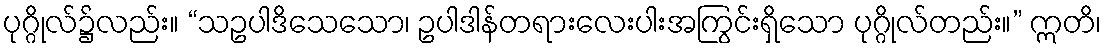
ပုဂ္ဂိုလ်၌လည်း။ “သဥပါဒိသေသော၊ ဥပါဒါန်တရားလေးပါးအကြွင်းရှိသော ပုဂ္ဂိုလ်တည်း။” ဣတိ၊